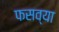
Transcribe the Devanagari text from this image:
फसव्या